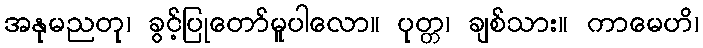
အနုမညတု၊ ခွင့်ပြုတော်မူပါလော။ ပုတ္တ၊ ချစ်သား။ ကာမေဟိ၊